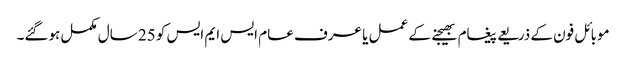
موبائل فون کے ذریعے پیغام بھیجنے کے عمل یا عرف عام ایس ایم ایس کو 25 سال مکمل ہوگئے۔